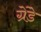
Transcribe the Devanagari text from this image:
ग्रेंडे